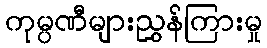
ကုမ္ပဏီများညွှန်ကြားမှု